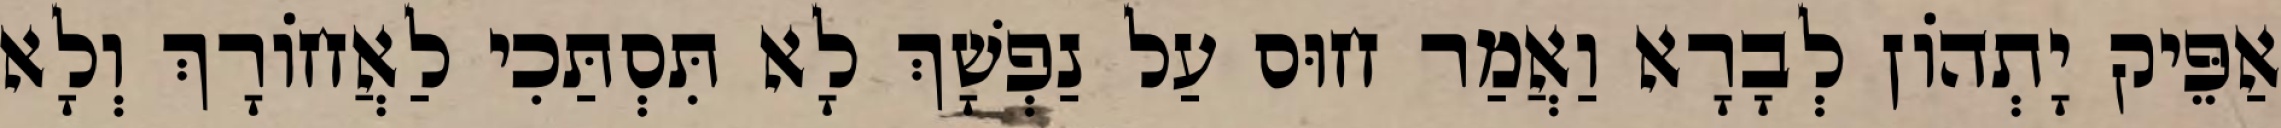
אַפֵּיק יָתְהוֹן לְבָרָא וַאֲמַר חוּס עַל נַפְשָׁךְ לָא תִּסְתַּכִי לַאֲחוֹרָךְ וְלָא